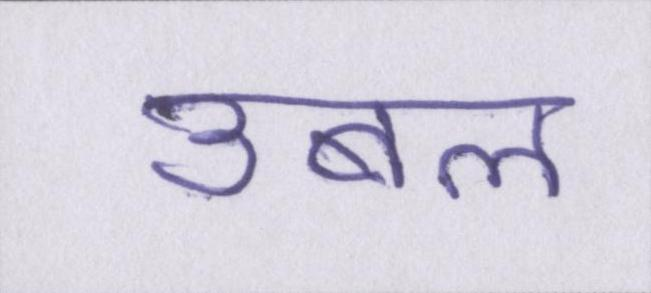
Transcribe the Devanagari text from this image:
उबल